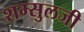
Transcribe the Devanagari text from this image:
शम्सुलजी